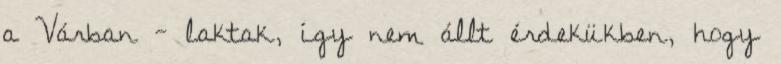
a Várban - laktak, így nem állt érdekükben, hogy